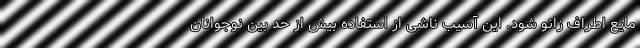
مایع اطراف زانو شود. این آسیب ناشی از استفاده بیش از حد بین نوجوانان